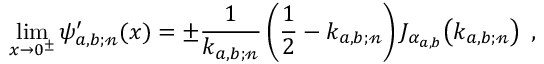
\operatorname* { l i m } _ { x \rightarrow 0 ^ { \pm } } \psi _ { a , b ; \mathscr { n } } ^ { \prime } ( x ) = \pm \frac { 1 } { k _ { a , b ; \mathscr { n } } } \left( \frac { 1 } { 2 } - k _ { a , b ; \mathscr { n } } \right) J _ { \alpha _ { a , b } } \! \left( k _ { a , b ; \mathscr { n } } \right) \; ,